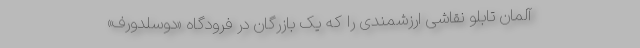
آلمان تابلو نقاشی ارزشمندی را که یک بازرگان در فرودگاه «دوسلدورف»